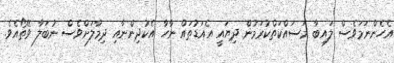
އެހެންނަމަވެސް ލައިބާ މަސައްކަތްކުރަމުން ދިޔައީ އެއަޑުތައް ނާހާ އެކުދިންނާއި ދިމާލަށްވެސް ނުބަލާ ވޭތޯއެވެ.